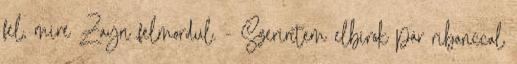
fel, mire Zayn felmordul. - Szerintem elbírok pár ribanccal